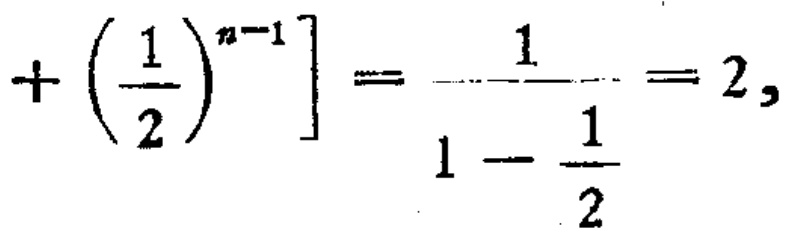
\[ + \left( \frac{1}{2} \right)^{n - 1} \right] = \frac{1}{1 - \frac{1}{2}} = 2, \]